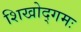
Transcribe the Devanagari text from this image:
शिखोद्गमः